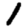
Digit: 1